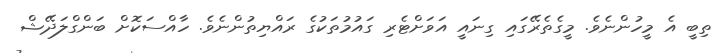
ތިބީ އެ މީހުންނެވެ. މީގެތެރޭގައި ގިނައީ އަވަަށްޓެރި ގައުމުތަކުގެ ރައްޔިތުންނެވެ. ހާއްސަކޮށް ބަންގްލަދޭޝް